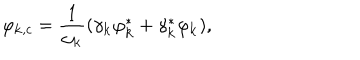
LaTeX: \varphi _ { { \bf k } , c } = \frac { 1 } { \omega _ { \bf k } } ( \gamma _ { \bf k } \varphi _ { \bf k } ^ { * } + \gamma _ { \bf k } ^ { * } \varphi _ { \bf k } ) ,